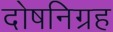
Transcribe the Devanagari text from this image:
दोषनिग्रह